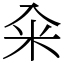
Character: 籴